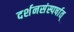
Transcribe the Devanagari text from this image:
दर्शनसंस्पर्षात्